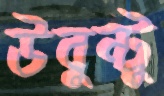
উবুন্টু